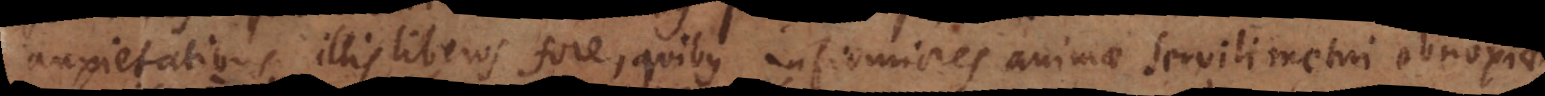
anxietatibus illis liberos fore, quibus infirmiores animae mi